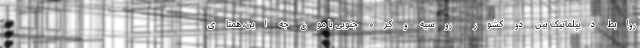
روابط دیپلماتیک بین دو کشور روسیه و کره جنوبی با مون جه این، همتای